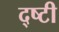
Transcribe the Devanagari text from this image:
द्ष्टी